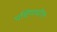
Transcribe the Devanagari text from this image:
पर्शियावरील